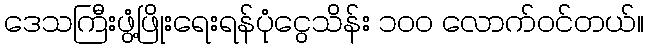
ဒေသကြီးဖွံ့ဖြိုးရေးရန်ပုံငွေသိန်း ၁၀၀ လောက်ဝင်တယ်။